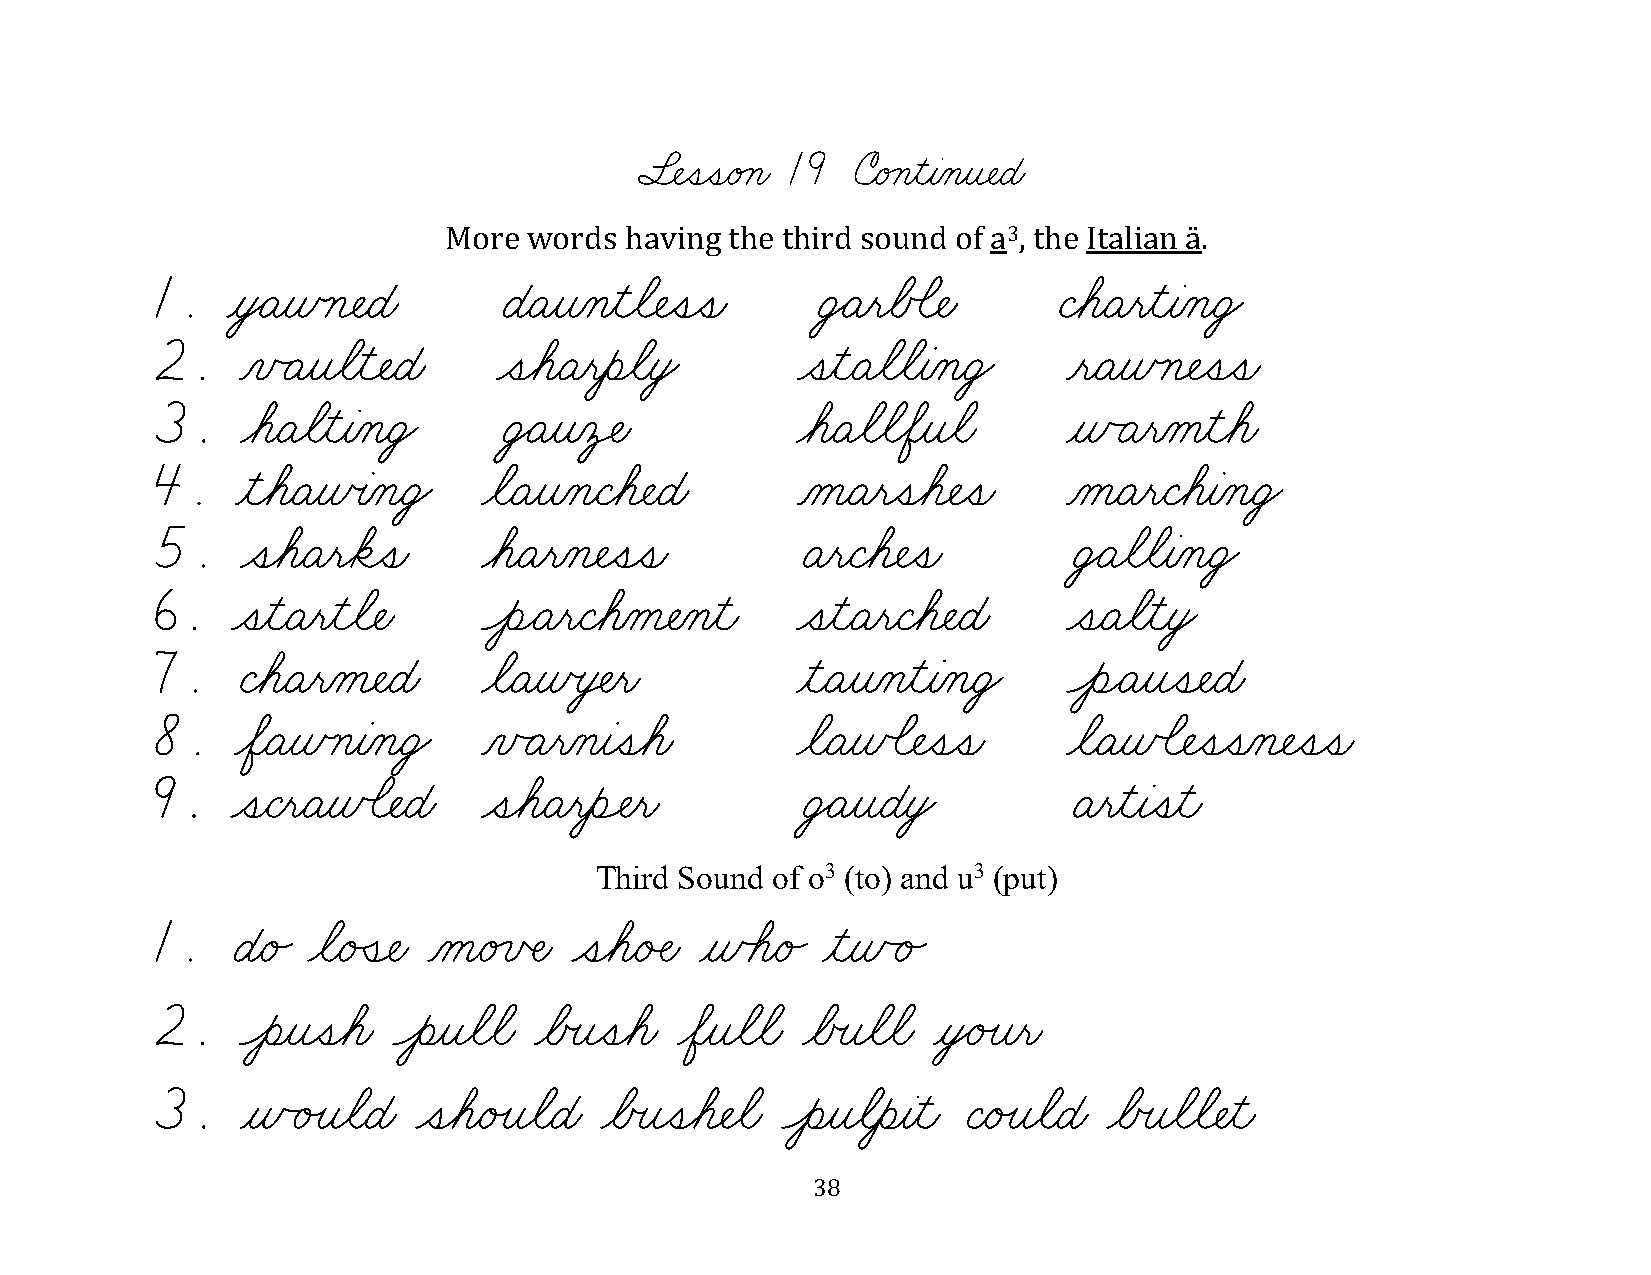
§¬ÑˆíˆíæéÁçæ 19 úæéÁçƒìƒàÀçƒî¬ÑæÉæ
 More  words having the third sound of a3, the Italian ä.
 1.   ƒòŸÄƒñÿç¬ÑæÉæ     ÉæÄƒîÀçƒìøã¬Ñˆíˆíæ   ÜŸÄƒëøÅÕã¬Ñæ    ÇøáæÄƒëƒìƒàÀçæÜŸ
 2.    ÀïÃÄƒîøãƒì¬ÑæÉæ  ˆíøáæÄƒëƒèøãƒòŸ     ˆíƒìæÄøãøãƒàÀçæÜŸ ƒëæÄƒñÿç¬Ñˆíˆíæ
 3.    øáæÄøãƒìƒàÀçæÜŸ  ÜŸÄƒîÀô‡Ñæ          øáæÄøãøãøÖƒîøãæ   ƒñÃÄƒëÀåƒìøáæ
 4.    ƒìøáæÄƒñœàÀçæÜŸ øãæÄƒîÀçæÇøá¬ÑæÉæ    ÀåæÄƒëˆíøá¬Ñˆíæ   ÀåæÄƒëæÇøáƒàÀçæÜŸ
 5.    ˆíøáæÄƒëøäˆíæ   øáæÄƒëÀç¬Ñˆíˆíæ      ÄƒëæÇøá¬Ñˆíæ      ÜŸÄøãøãƒàÀçæÜŸ
 6.   ˆíƒìæÄƒëƒìøã¬Ñæ  ÔèÌÄƒëæÇøáÀå¬ÑÀçƒìæ  ˆíƒìæÄƒëæÇøá¬ÑæÉæ ˆíæÄøãƒìƒòŸ
 7.   ÇøáæÄƒëÀå¬ÑæÉæ   øãæÄƒñœò‡Ñƒëæ        ƒìæÄƒîÀçƒìƒàÀçæÜŸ ÔèÌÄƒîˆí¬ÑæÉæ
 8.    øÖæÄƒñÿçƒàÀçæÜŸ ÀïÃÄƒëÀçƒàˆíøáæ      øãæÄƒñÕã¬Ñˆíˆíæ   øãæÄƒñÕã¬ÑˆíˆíÀç¬Ñˆíˆíæ
 9.   ˆíæÇƒëæÄƒñÕã¬ÑæÉæ ˆíøáæÄƒëƒèÓÑƒëæ     ÜŸÄƒîæÉƒòŸ        Äƒëƒìƒàˆíƒìæ
 Third Sound of o3 (to) and u3 (put)
 1.   Éæé„ øãæéÛí¬Ñæ ÀåæéÁïŒÑæ ˆíøáæéÂÑæ ƒñÕáæé„ ƒìƒñÃé„
 2.    Ôèƒîˆíøáæ Ôèƒîøãøãæ øÅœîˆíøáæ øÖƒîøãøãæ øÅœîøãøãæ ƒòŸéÙîƒëæ
 3.    ƒñÃéÙîøãæÉæ ˆíøáæéÙîøãæÉæ øÅœîˆíøá¬Ñøãæ Ôèƒîøãƒèƒàƒìæ ÇæéÙîøãæÉæ øÅœîøãøã¬Ñƒìæ
 38